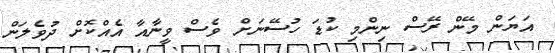
އަޔަން މޭން ރޭސް ނިންމި ކުޑަ ހުސޭނަށް ވެސް ވީނާއާ އެއްކޮށް ދުވެލަން